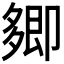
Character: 𭅽